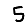
Digit: 5